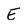
Character: E